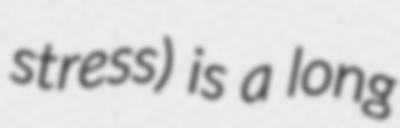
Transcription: stress) is a long